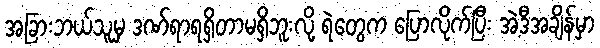
အခြားဘယ်သူမှ ဒဏ်ရာရရှိတာမရှိဘူးလို့ ရဲတွေက ပြောလိုက်ပြီး အဲ့ဒီအချိန်မှာ